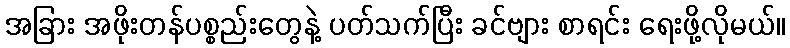
အခြား အဖိုးတန်ပစ္စည်းတွေနဲ့ ပတ်သက်ပြီး ခင်ဗျား စာရင်း ရေးဖို့လိုမယ်။